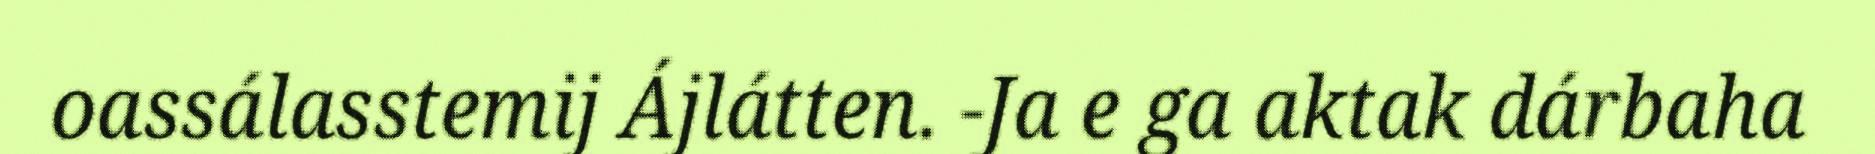
oassálasstemij Ájlátten. -Ja e ga aktak dárbaha